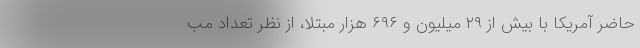
حاضر آمریکا با بیش از ۲۹ میلیون و ۶۹۶ هزار مبتلا، از نظر تعداد مب